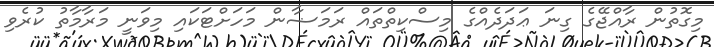
މިގޮތުން ރާއްޖޭގެ ގިނަ ޢަދަދެއްގެ މިސްކިތްތައް ރަމަޟާން މަހަށްޓަކައި މިވަނީ މަރާމާތު ކުރެވި